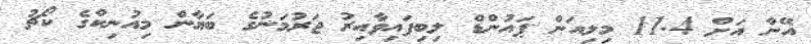
އޭނާ އަށް 11.4 މިލިއަން ޕައުންޑް ލިބިފައިވާއިރު ޖަރުމަނުގެ ބަޔާން މިއުނިކްގެ ކޯޗު